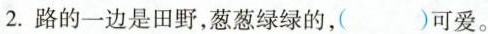
2.路的一边是田野，葱葱绿绿的，（ ）可爱。